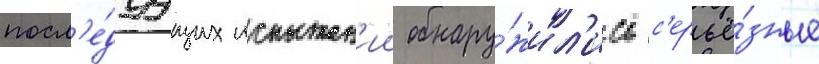
посл'е́дуущих испытан'ии обнару́жил'ись с'ерьё́зные